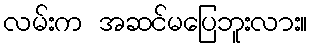
လမ်းက အဆင်မပြေဘူးလား။